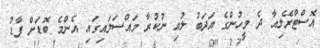
އޮސްޓްރޭލިއާ ދެ މީހުންގެ އަދަބު ލުއި ނުކުރާ މައްސަލައިގައި އެންމެ ބޮޑަށް ފާޑު